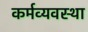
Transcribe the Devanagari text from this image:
कर्मव्यवस्था